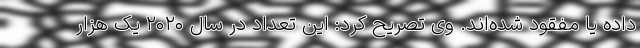
داده یا مفقود شده‌اند. وی تصریح کرد: این تعداد در سال ۲۰۲۰ یک هزار